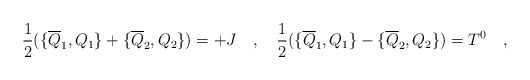
\begin{align*}{1 \over 2} (\{ \overline{Q}_1, Q_1\} + \{ \overline{Q}_2, Q_2 \})= + J \quad ,\quad {1 \over 2} (\{ \overline{Q}_1, Q_1\} - \{ \overline{Q}_2, Q_2 \}) = T^0\quad ,\end{align*}